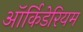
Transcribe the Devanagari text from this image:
ऑर्किडेरियम